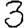
Digit: 3